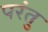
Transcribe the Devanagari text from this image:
परंतु